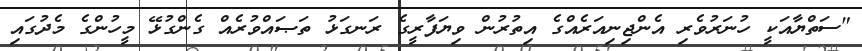
"ސަތްޔާއަކީ ހުނަރުވެރި އެންޖިނިއަރެއްގެ އިތުރުން ވިޔަފާރީގެ ރަނގަޅު ތަޞައްވުރެއް ގެންގުޅޭ މީހުންގެ މެދުގައި